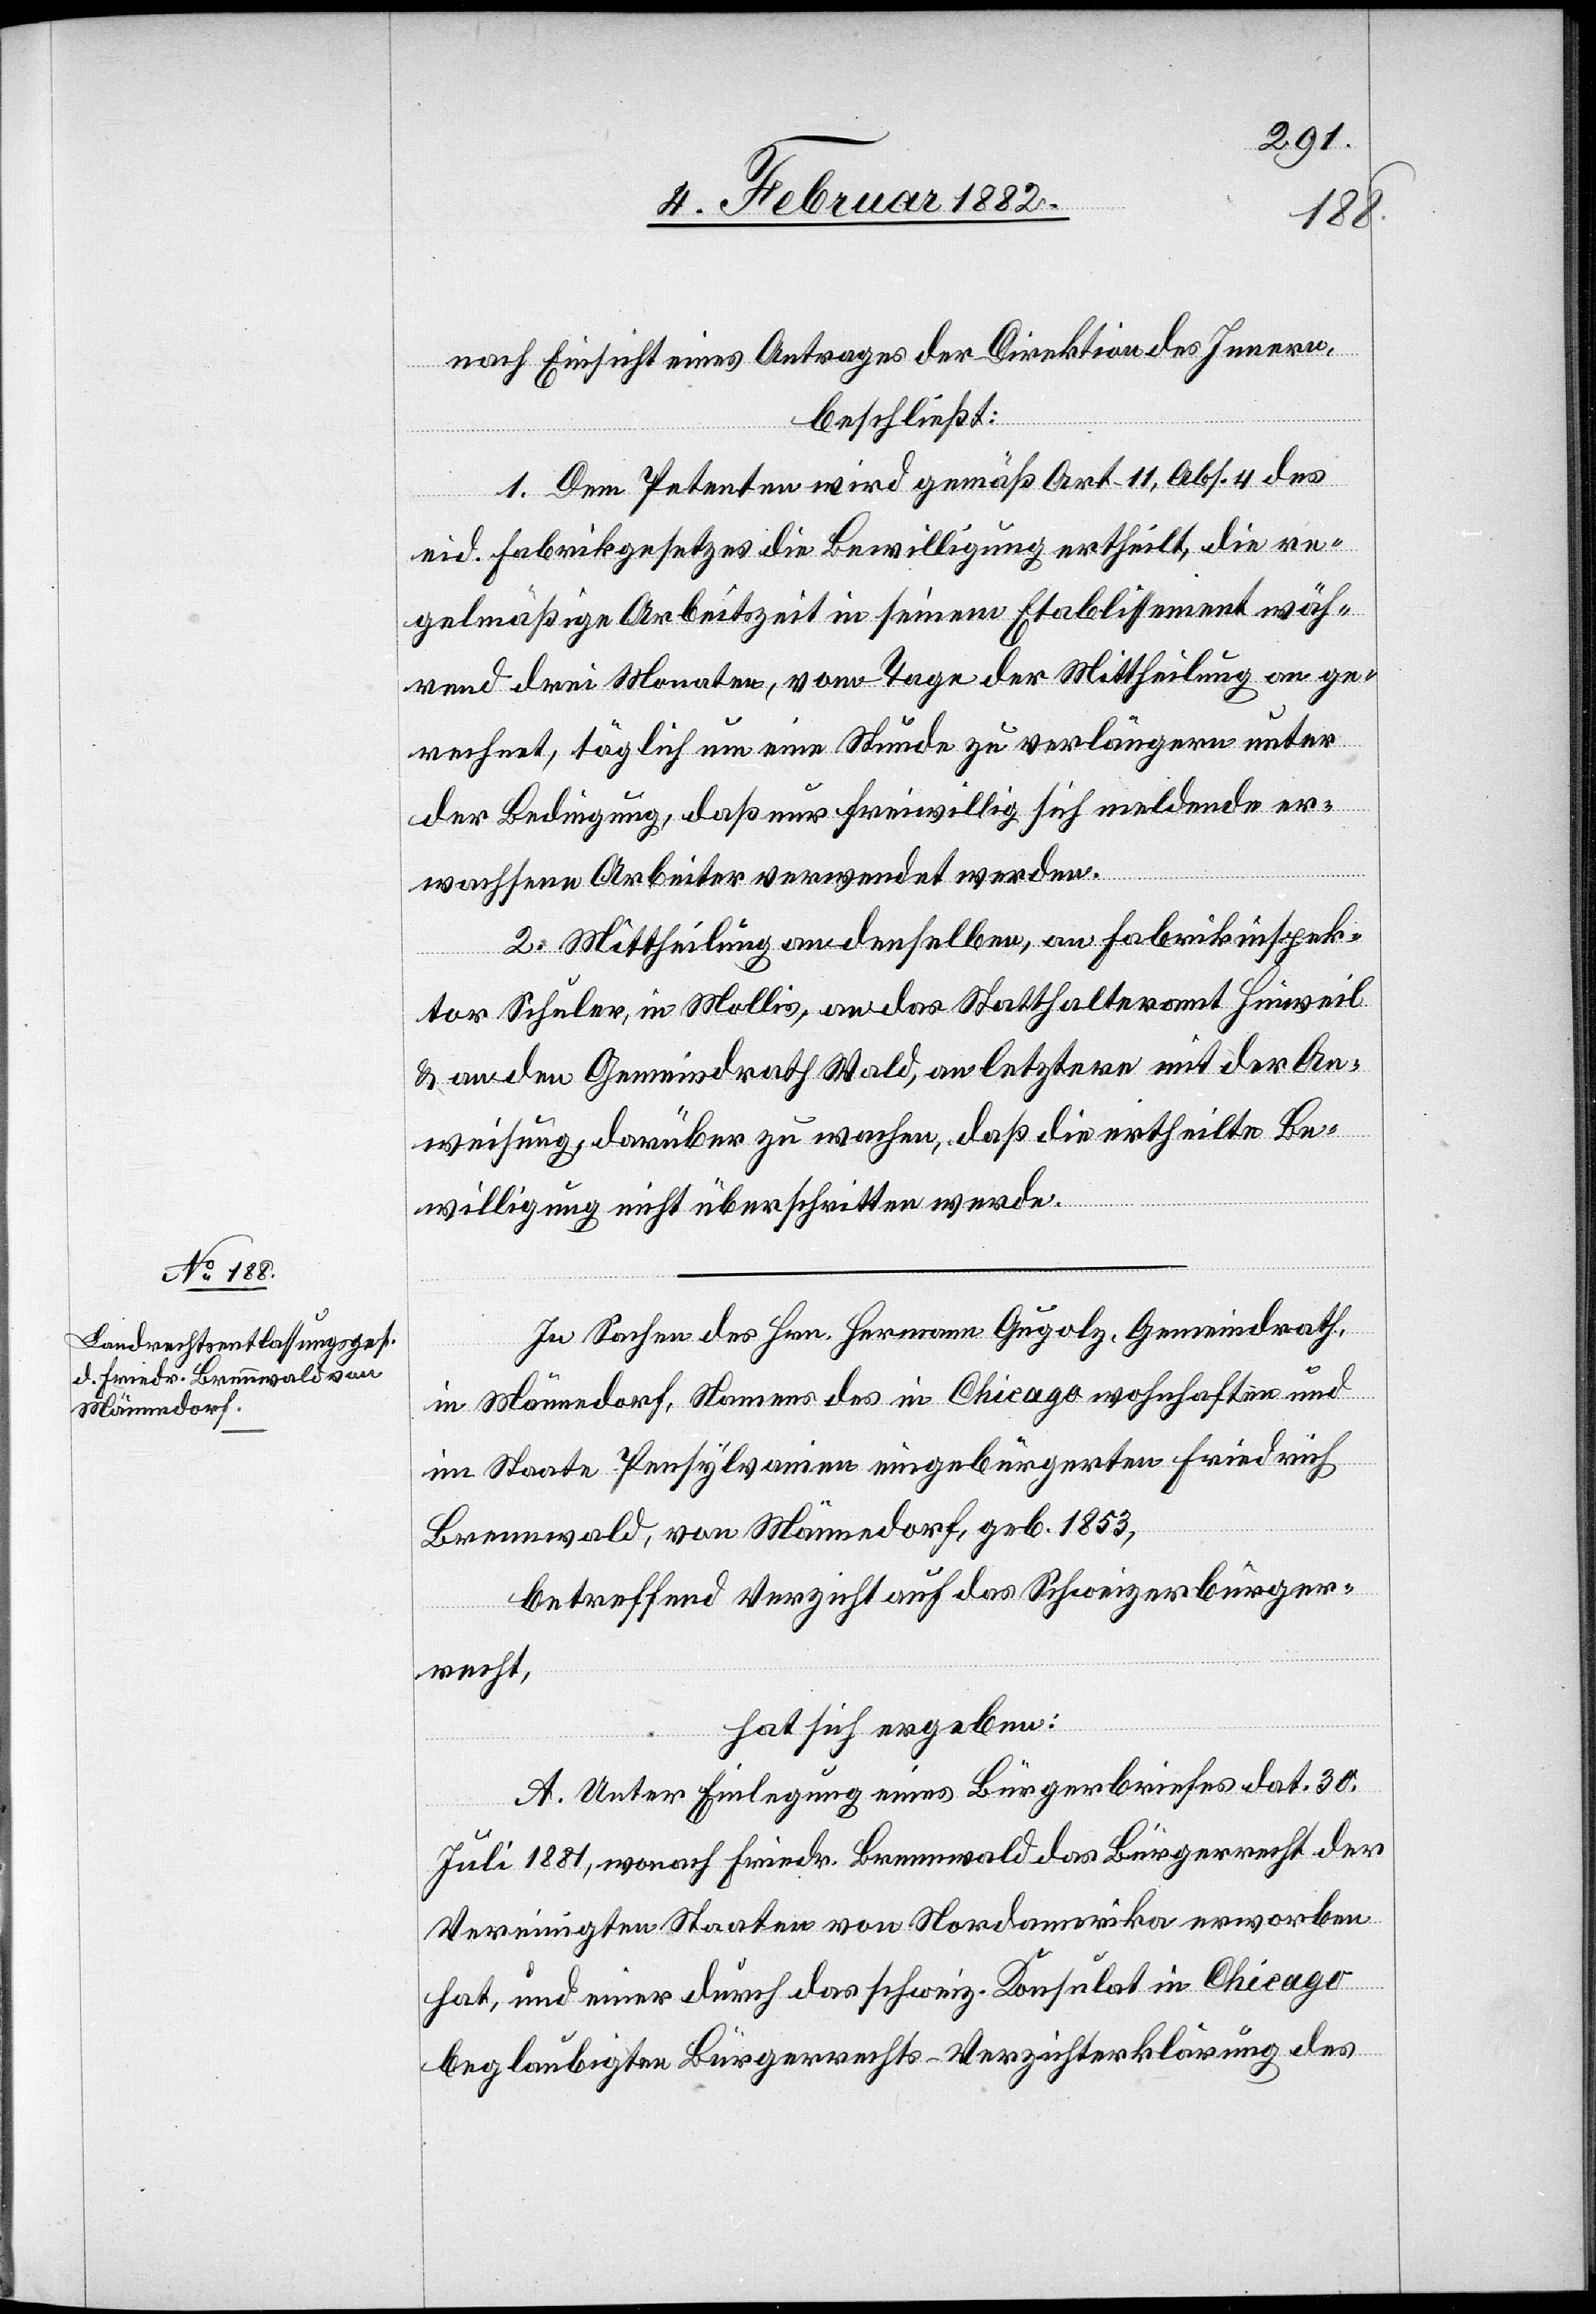
nach Einsicht eines Antrages der Direktion des Innern,
beschließt:
1. Dem Petenten wird gemäß Art. 11, Abs. 4 des
eid. Fabrikgesetzes die Bewilligung ertheilt, die re¬
gelmäßige Arbeitszeit in seinem Etablissement wäh¬
rend drei Monaten, vom Tage der Mittheilung an ge¬
rechnet, täglich um eine Stunde zu verlängern unter
der Bedingung, daß nur freiwillig sich meldende er¬
wachsene Arbeiter verwendet werden.
2. Mittheilung an denselben, an Fabrikinspek¬
tor Schuler, in Mollis, an das Statthalteramt Hinweil
& an den Gemeindrath Wald, an letztern mit der An¬
weisung, darüber zu wachen, daß die ertheilte Be¬
willigung nicht überschritten werde.
In Sachen des Hrn. Hermann Gugolz, Gemeindrath,
in Männedorf, Namens des in Chicago wohnhaften und
im Staate Pensylvanien eingebürgerten Friedrich
Brennwald, von Männedorf, geb. 1853,
betreffend Verzicht auf das Schweizerbürger¬
recht,
hat sich ergeben:
A. Unter Einlegung eines Bürgerbriefes dat.
Juli 1881, wonach Friedr. Brennwald das Bürgerrecht der
Vereinigten Staaten von Nordamerika erworben
hat, und einer durch das schweiz. Konsulat in Chicago
beglaubigten Bürgerrechtes-Verzichtserklärung des